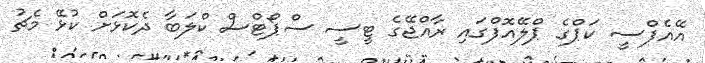
އޭއެފްސީ ކަޕްގެ ޕްލޭއޮފްގައި ރާއްޖޭގެ ޓީސީ ސްޕޯޓްސް ކްލަބާ ދެކޮޅަށް ކުޅޭ މެޗު